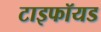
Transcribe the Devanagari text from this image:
टाइफॉयड